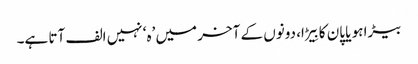
بیڑا ہو یا پان کا بِیڑا، دونوں کے آخر میں ’ہ‘ نہیں الف آتا ہے۔